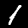
Digit: 1